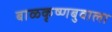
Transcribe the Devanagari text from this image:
बाळकृष्णबुवाला